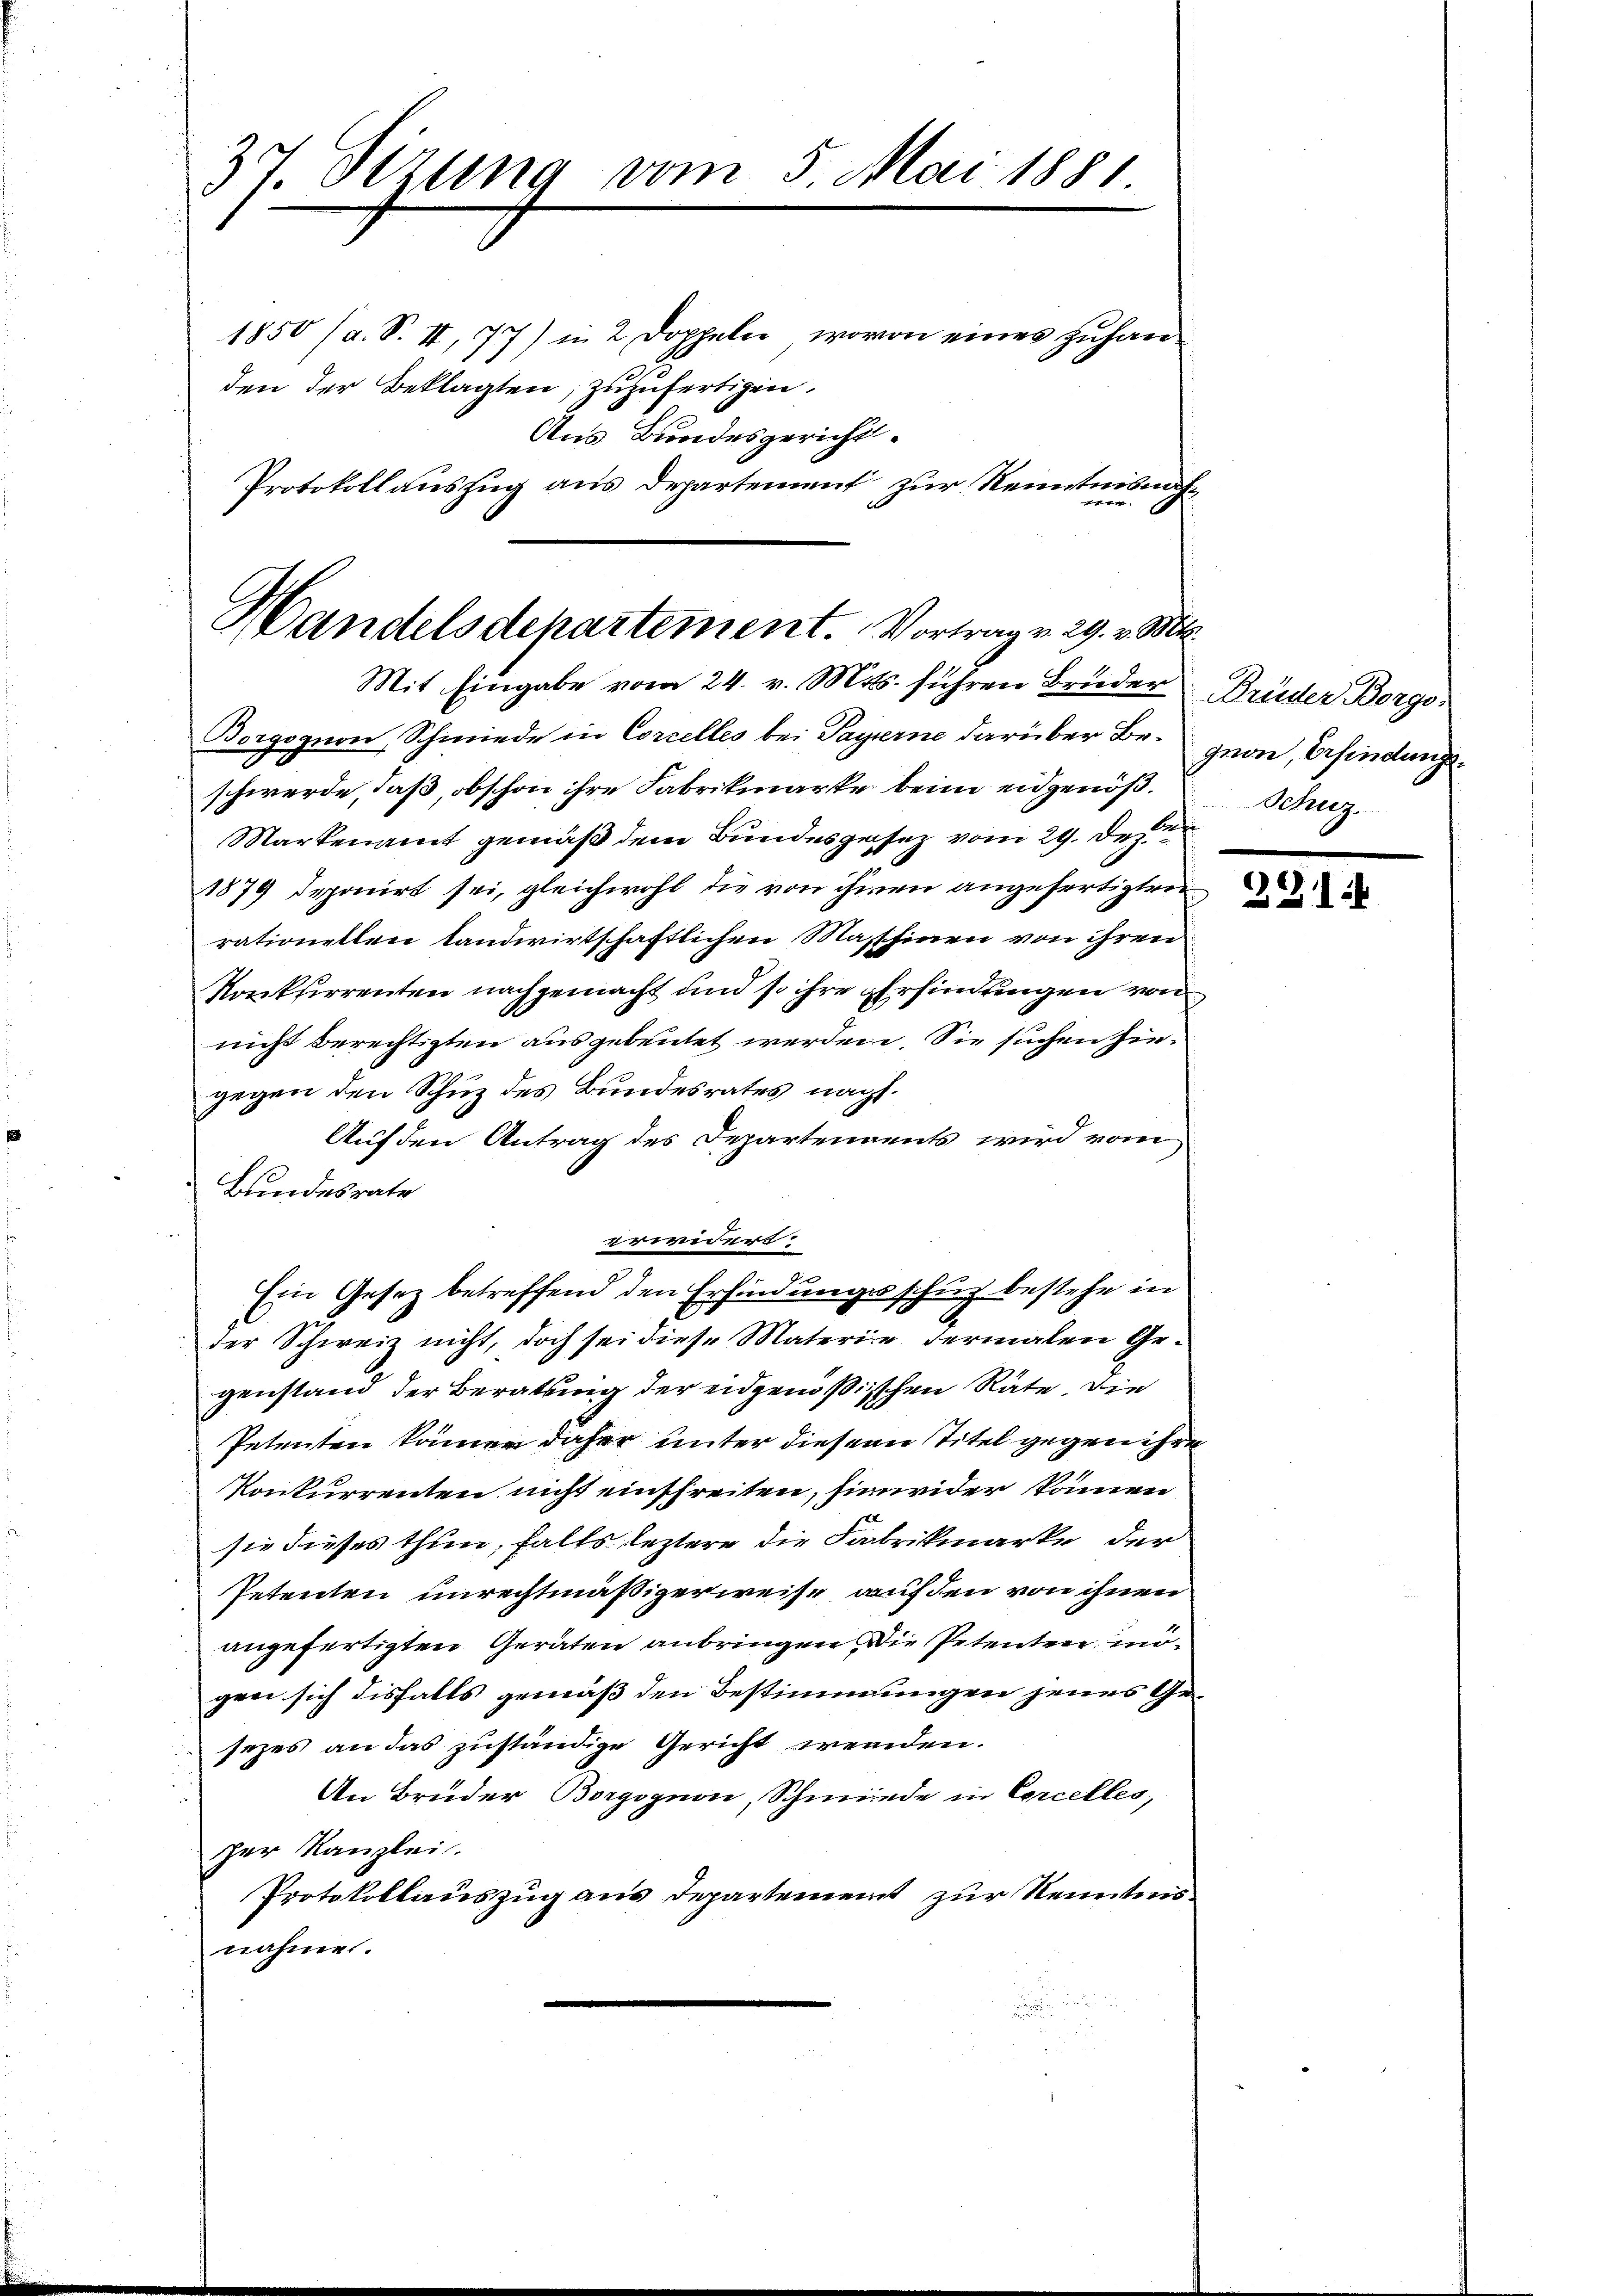
37. Sizung vom 5. Mai 1881.

1850 (a. S. II, 77) in 2 Doppeln, wovon eines zuhanden der Beklagten, zuzufertigen.
Aus Bundesgericht.
Protokollauszug aus Departement zur Kenntnisnahn

Handelsdepartement. Vortrag v. 29. v. Mts.
Mit Eingabe vom 24. v. Mts. führen Bruder Brüder Borge¬

Borgognon, Schmiede in Corcelles bei Payerne darüber Beschwerde, daß, obschon ihre Fabrikmarke beim eidgenöß¬
Markenamt gemäß dem Bundesgesez vom 29. Dez.
1879 deponirt sei, gleichwohl die von ihnen angefertigten
rationellen landwirtschaftlichen Masschinen von ihren
Konkurrenten nachgemacht und so ihre Erfindungen von
nicht berechtigten ausgebeutet werden. Sie suchen hiegegen den Schuz des Bundesrates nacht.
Auf den Antrag des Departements wird vom
Bundesrate
e
Ein Gesetz betreffend den Erfindungsschuz bestehe in
der Schweiz nicht, doch sei diese Materie dermalen Gr.
genstand der Beratung der eidgenößischen Räte, die
Petenten können daher unter diesem Titel gegen ihre
Konkurrenten nicht einschreiten, hinwider können
sie dieses thun, falls leztere die Fabrikmarke der
Petenten unrechtmäßigerweise auf den von ihnen
angefertigten Geräten anbringen die Petenten mögen sich disfalls gemäß den Bestimmungen jenes Gesezes an das zuständige Gericht wenden.
An Bruder Borgognon, Schmiede in Corcelles,
zer Kanzlei.
Protokollauszug aus Departement zur Kenntnis.
nahme.

u
u

grone, befindungs¬
Schuz.